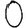
Digit: 0